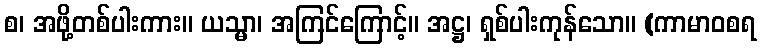
စ၊ အဖို့တစ်ပါးကား။ ယသ္မာ၊ အကြင်ကြောင့်။ အဋ္ဌ၊ ရှစ်ပါးကုန်သော။ (ကာမာဝစရ